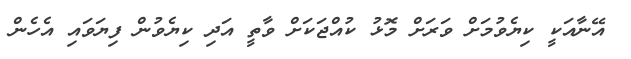
އޭނާއަކީ ކިޔެވުމަށް ވަރަށް މޮޅު ކުއްޖަކަށް ވާތީ އަދި ކިޔެވުން ފިޔަވައި އެހެން